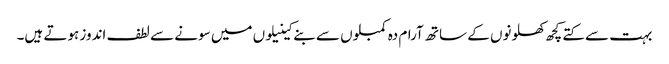
بہت سے کتے کچھ کھلونوں کے ساتھ آرام دہ کمبلوں سے بنے کینیلوں میں سونے سے لطف اندوز ہوتے ہیں۔